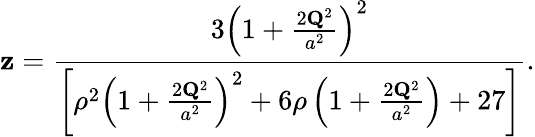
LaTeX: \mathbf{z}=\frac{{3\left(1+\frac{{2{\mathbf{Q}}^{2}}}{{a^{2}}}\right)^{2}}}{{\left[\rho^{2}\left(1+\frac{{2{\mathbf{Q}}^{2}}}{{a^{2}}}\right)^{2}+6\rho\left(1+\frac{{2{\mathbf{Q}}^{2}}}{{a^{2}}}\right)+27\right]}}.